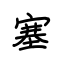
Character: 塞